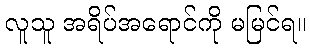
လူသူ အရိပ်အရောင်ကို မမြင်ရ။